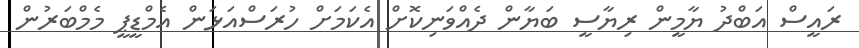
ރައީސް އަބްދު ޔާމީން ރިޔާސީ ބަޔާން ދެއްވަނިކޮށް އެކަމަށް ހުރަސްއަޅަން އެމްޑީޕީ މެމްބަރުން